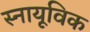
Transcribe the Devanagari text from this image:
स्नायूविक